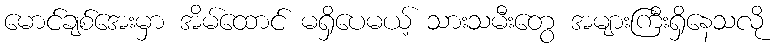
မောင်ချစ်အေးမှာ အိမ်ထောင် မရှိပေမယ့် သားသမီးတွေ အများကြီးရှိနေသလို